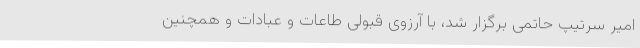
امیر سرتیپ حاتمی برگزار شد، با آرزوی قبولی طاعات و عبادات و همچنین